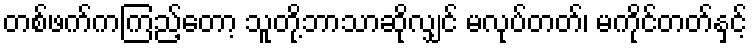
တစ်ဖက်ကကြည့်တော့ သူတို့ဘာသာဆိုလျှင် မလုပ်တတ်၊ မကိုင်တတ်နှင့်